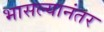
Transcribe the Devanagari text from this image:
भासल्यानंतर